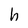
Character: h